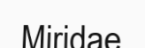
Miridae